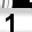
Digit: 1